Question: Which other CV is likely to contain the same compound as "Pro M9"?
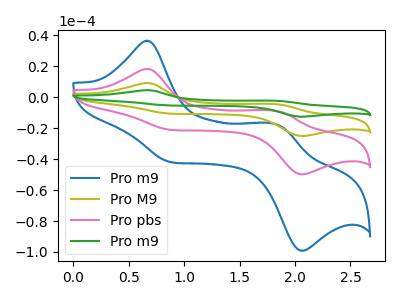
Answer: <think>The blue curve "Pro m9" has anodic peaks at (0.70V, 36.55uA) (1.85V, -17.50uA) and cathodic peaks at (0.90V, -42.20uA) (2.05V, -99.15uA). The olive curve "Pro M9" has anodic peaks at (0.70V, 36.70uA) (1.85V, -17.60uA) and cathodic peaks at (0.90V, -42.40uA) (2.05V, -99.55uA). The pink curve "Pro pbs" has anodic peaks at (0.70V, 18.35uA) (1.85V, -8.80uA) and cathodic peaks at (0.90V, -21.20uA) (2.05V, -49.80uA). The green curve "Pro m9" has anodic peaks at (0.70V, 55.05uA) (1.85V, -26.40uA) and cathodic peaks at (0.90V, -63.60uA) (2.05V, -149.35uA).
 All the peaks in "Pro m9" have a peak in "Pro M9" at the same potential. All the peaks in "Pro m9" have a peak in "Pro pbs" at the same potential. All the peaks in "Pro m9" have a peak in "Pro m9" at the same potential. All the peaks in "Pro M9" have a peak in "Pro pbs" at the same potential. All the peaks in "Pro M9" have a peak in "Pro m9" at the same potential. All the peaks in "Pro pbs" have a peak in "Pro m9" at the same potential.</think>
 <answer>"Pro M9", "Pro pbs" and "Pro m9" have a similar shape to "Pro m9".</answer>
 <eval>"Pro M9" "Pro pbs" "Pro m9"</eval>